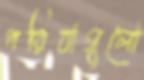
পরিবাগুলো